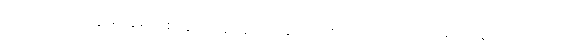
အမှတ်တရ ဝတ္ထုမှာ ချစ်သူစုံတွဲ အတူနေတဲ့အကြောင်း ရေးရာက ဂယက်ရိုက်သွားတဲ့ ဂျူးဟာ